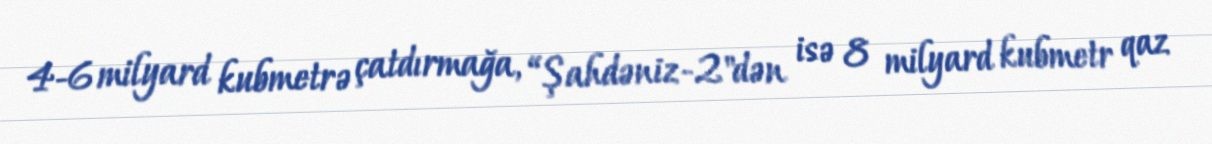
4-6 milyard kubmetrə çatdırmağa, “Şahdəniz-2"dən isə 8 milyard kubmetr qaz